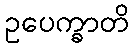
ဥပေက္ခာတိ